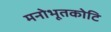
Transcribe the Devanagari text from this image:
मनोभूतकोटि